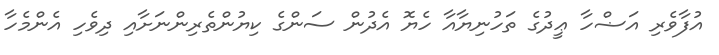
އުފާވެރި އަޟްހާ ޢީދުގެ ތަހުނިޔާއާ ހެޔޮ އެދުން ސަންގެ ކިޔުންތެރިންނަށާއި ދިވެހި އެންމެހާ